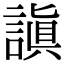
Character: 謓